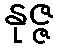
နုဇ္ဇ